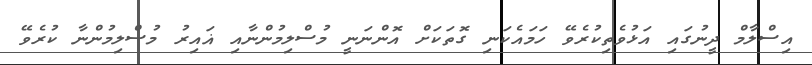
އިސްލާމް ދީނުގައި އަޅުވެތިކުރެވޭ ހަމައެކަނި ގޮތަކަށް އޮންނަނީ މުސްލިމުންނާއި ޣައިރު މުސްލިމުންނާ ކުރެވޭ